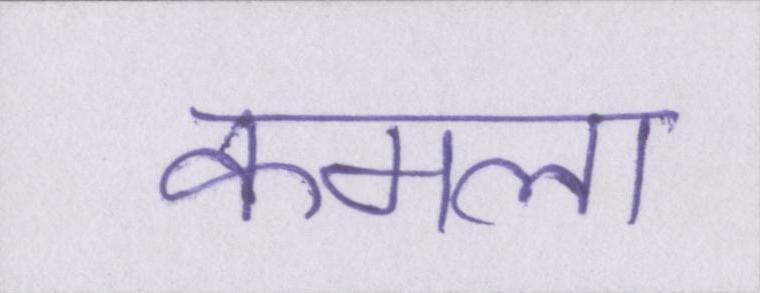
कमला